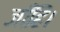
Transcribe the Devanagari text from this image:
जाँहि।